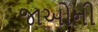
જાઓની